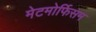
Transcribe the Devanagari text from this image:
मेटमोर्फिसम